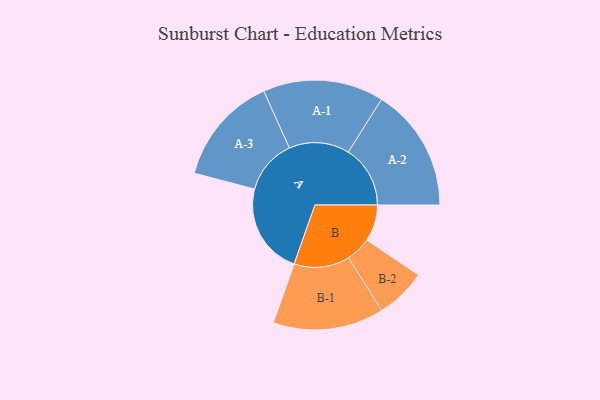
{"axis": {"x": "Segment", "y": "Value"}, "legend": ["", "A", "B"], "data": [{"x": "A", "y": 413, "type": ""}, {"x": "B", "y": 165, "type": ""}, {"x": "A-1", "y": 273, "type": "A"}, {"x": "A-2", "y": 280, "type": "A"}, {"x": "A-3", "y": 247, "type": "A"}, {"x": "B-1", "y": 251, "type": "B"}, {"x": "B-2", "y": 114, "type": "B"}]}